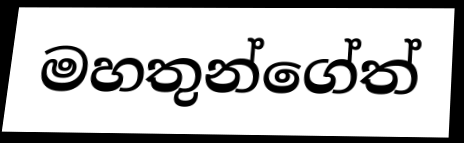
මහතුන්ගේත්